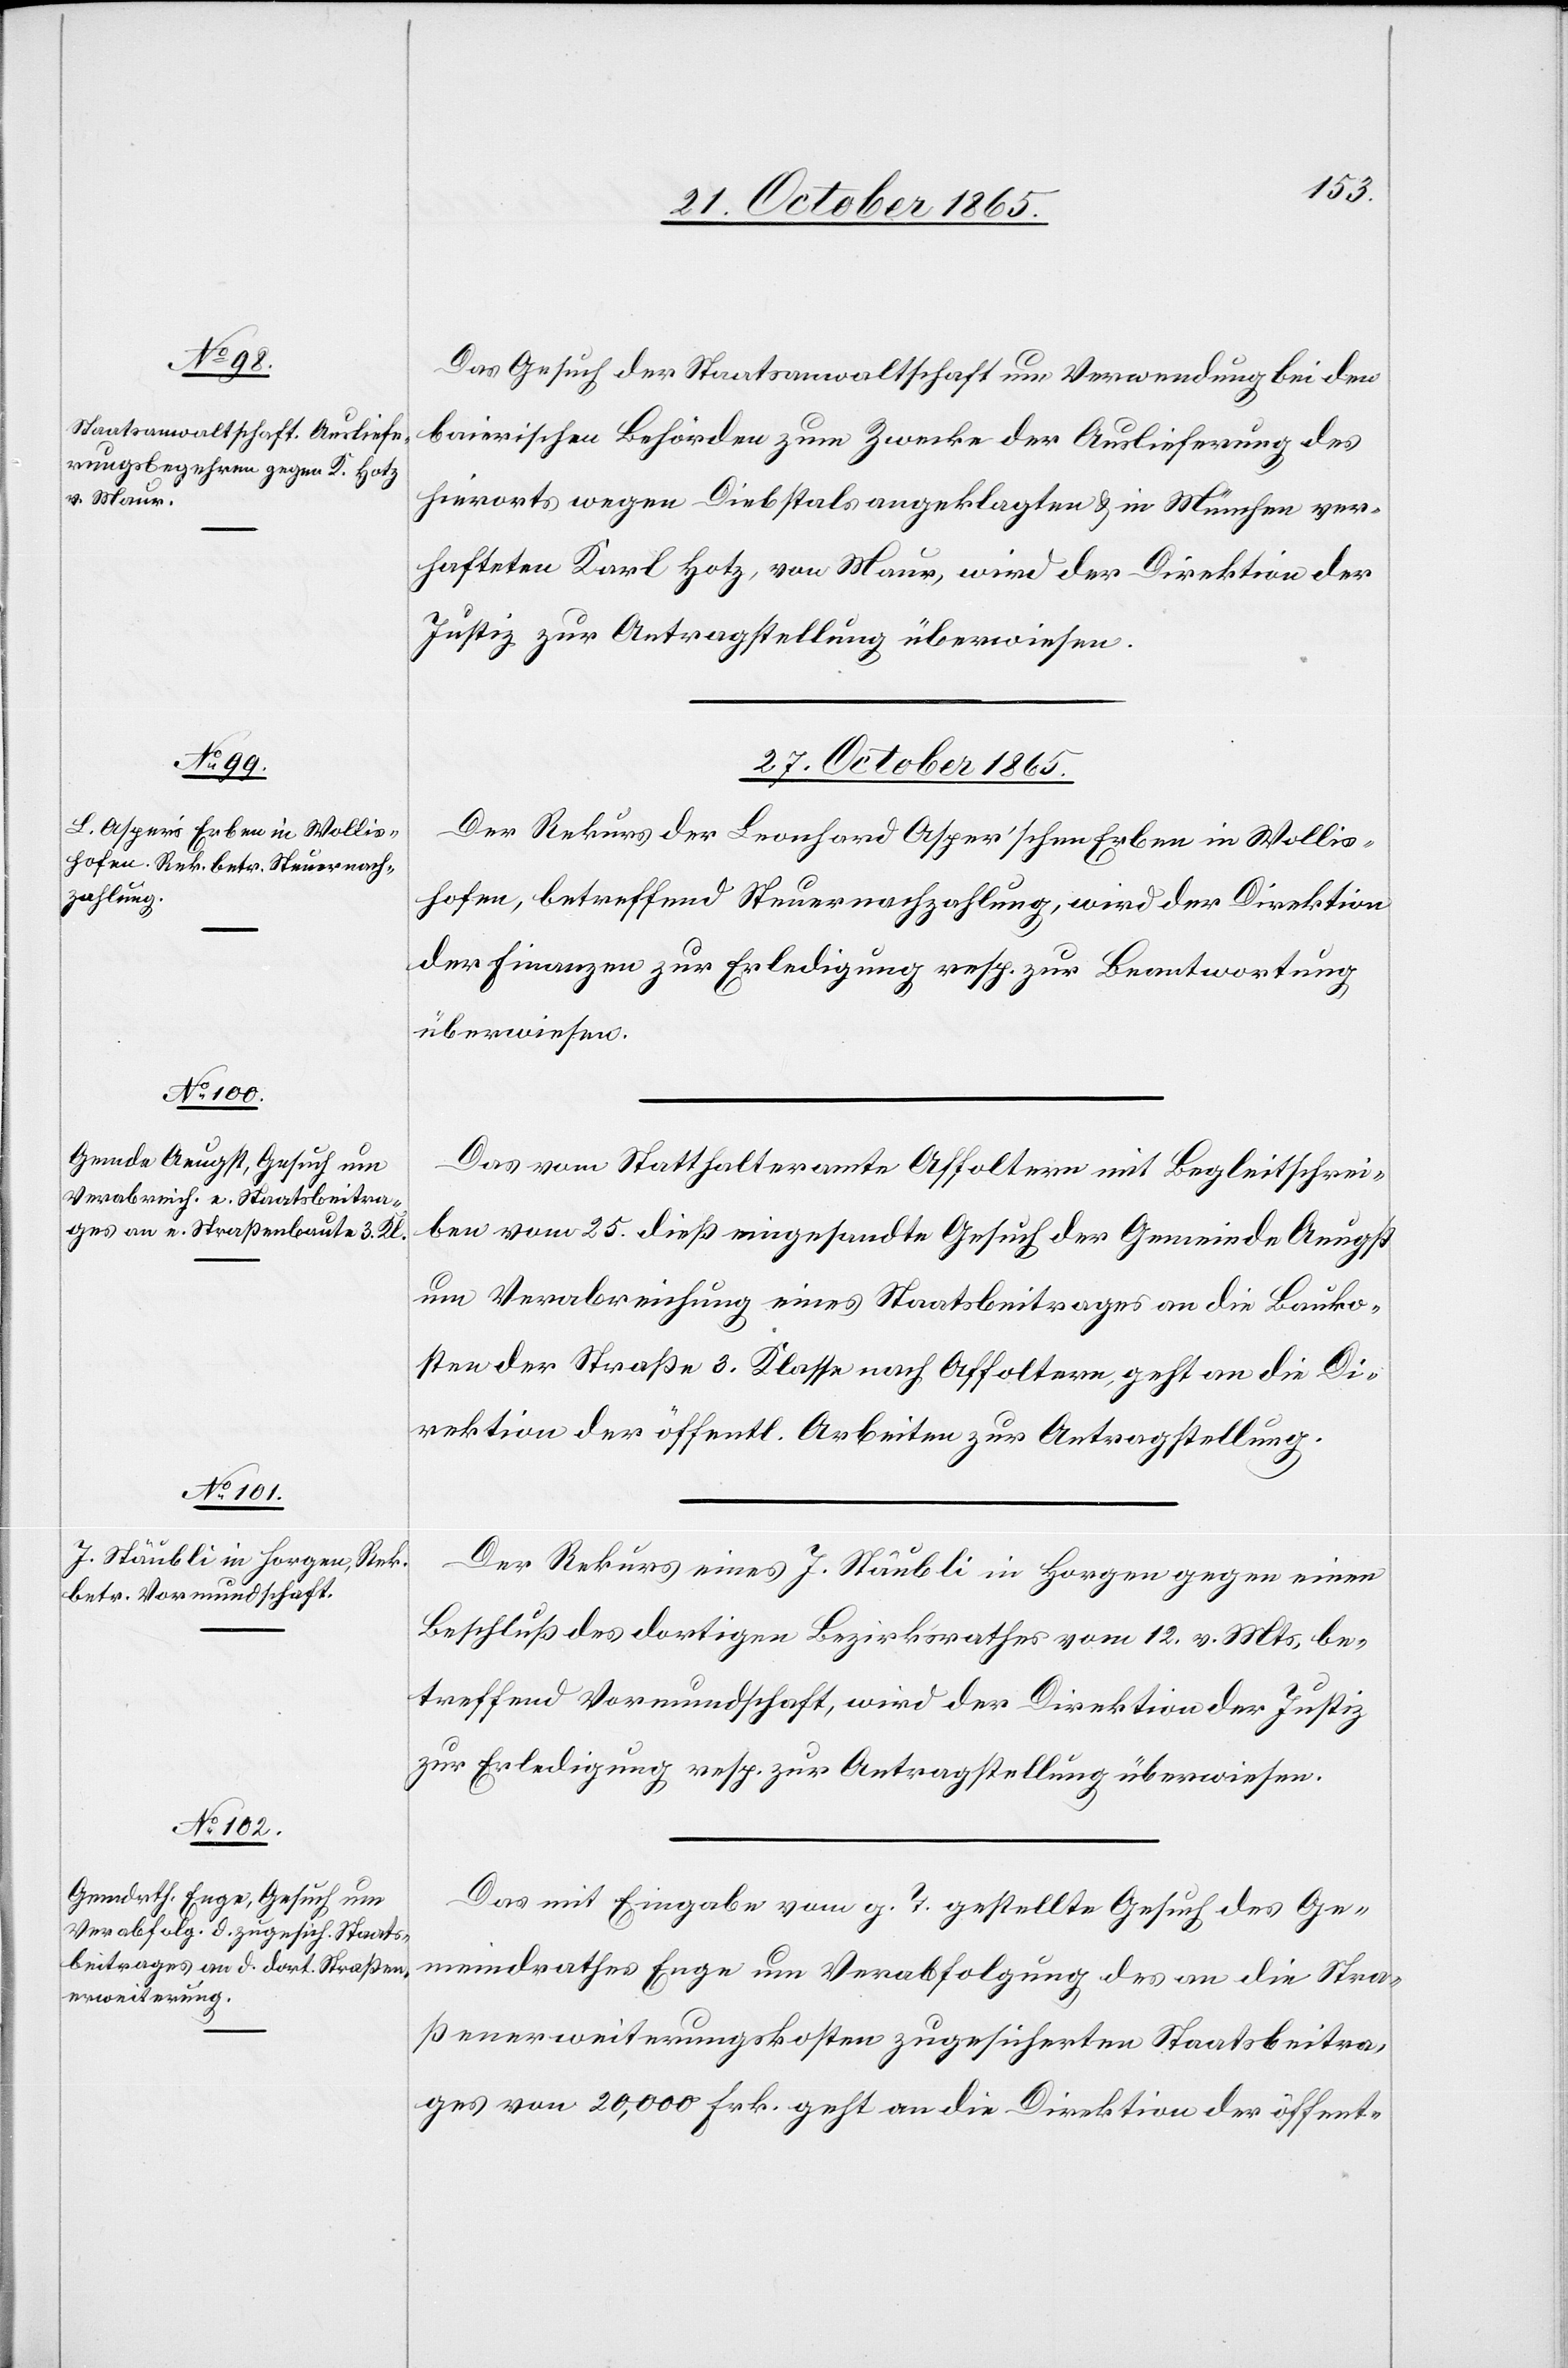
27. October 1865.]
Das Gesuch der Staatsanwaltschaft um Verwendung bei den
baierischen Behörden zum Zwecke der Auslieferung des
hierorts wegen Diebstals angeklagten & in München ver¬
hafteten Karl Hotz, von Maur, wird der Direktion der
Justiz zur Antragstellung überwiesen.
Der Rekurs der Leonhard Asper’schen Erben in Wollis¬
hofen, betreffend Steuernachzahlung, wird der Direktion
der Finanzen zur Erledigung resp. zur Beantwortung
überwiesen.
Das vom Statthalteramte Affoltern mit Begleitschrei¬
ben vom 25. dieß eingesandte Gesuch der Gemeinde Aeugst
um Verabreichung eines Staatsbeitrages an die Bauko¬
sten der Straße 3. Klasse nach Affoltern, geht an die Di¬
rektion der öffentl. Arbeiten zur Antragstellung.
Der Rekurs eines J. Stäubli in Horgen gegen einen
Beschluß des dortigen Bezirksrathes vom 12. v. Mts, be¬
treffend Vormundschaft, wird der Direktion der Justiz
zur Erledigung resp. zur Antragstellung überwiesen.
Das mit Eingabe vom g. T. gestellte Gesuch des Ge¬
meindrathes Enge um Verabfolgung des an die Stra¬
ßenerweiterungskosten zugesicherten Staatsbeitra¬
ges von 20,000 Frk. geht an die Direktion der öffent-